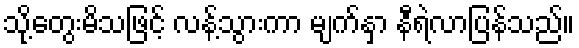
သို့တွေးမိသဖြင့် လန့်သွားကာ မျက်နှာ နီရဲလာပြန်သည်။